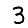
Digit: 3